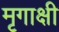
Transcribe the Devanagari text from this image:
मृगाक्षी